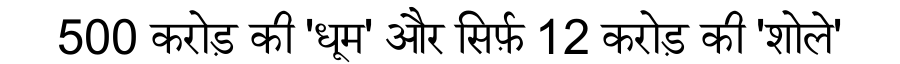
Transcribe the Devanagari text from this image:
500 करोड़ की 'धूम' और सिर्फ़ 12 करोड़ की 'शोले'